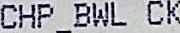
CHP_BWL CK